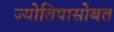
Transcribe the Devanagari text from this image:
ज्योतिषासोबत